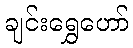
ချင်းရွှေဟော်